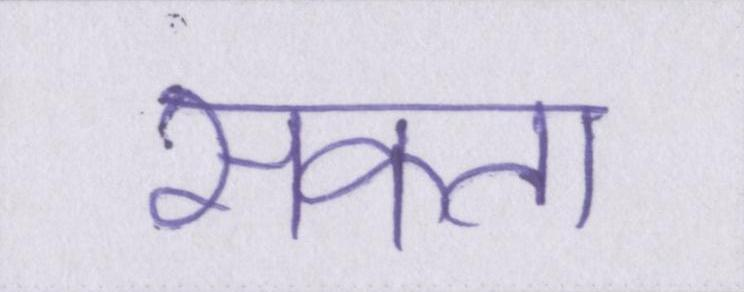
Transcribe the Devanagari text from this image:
सकता